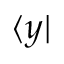
\langle y |